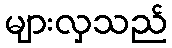
များလှသည်